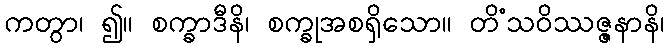
ကတွာ၊ ၍။ စက္ခာဒီနိ၊ စက္ခုအစရှိသော။ တိံသဝိဿဇ္ဇနာနိ၊